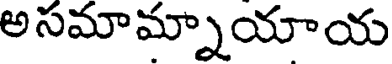
అసమామ్నాయాయ